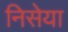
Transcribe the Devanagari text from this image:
निसेया